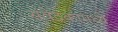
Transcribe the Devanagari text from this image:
संवेदकामध्ये